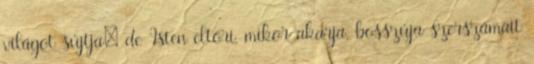
világot sújtja; de Isten eltöri, mikor akarja, bosszúja szerszámait